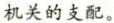
机关的支配。